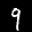
Label: 9